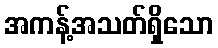
အကန့်အသတ်ရှိသော